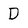
Character: D